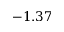
- 1 . 3 7